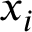
\boldsymbol { x } _ { i }